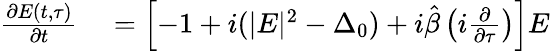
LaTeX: \begin{array}{rl}{\frac{\partial E(t,\tau)}{\partial t}}&{{}=\left[-1+i(|E|^{2}-\Delta_{0})+i\hat{\beta}\left(i\frac{\partial}{\partial\tau}\right)\right]E}\end{array}